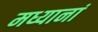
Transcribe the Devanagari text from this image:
मध्यानां